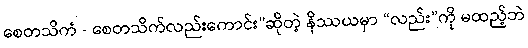
စေတသိကံ - စေတသိက်လည်းကောင်း”ဆိုတဲ့ နိဿယမှာ “လည်း”ကို မထည့်ဘဲ